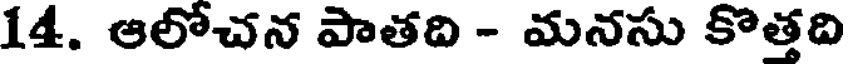
14. ఆలోచన పాతది - మనసు కొత్తది